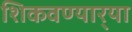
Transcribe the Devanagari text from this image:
शिकवण्यार्‍या